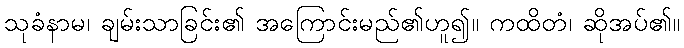
သုခံနာမ၊ ချမ်းသာခြင်း၏ အကြောင်းမည်၏ဟူ၍။ ကထိတံ၊ ဆိုအပ်၏။